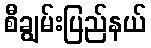
စီချွမ်းပြည်နယ်